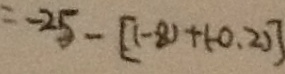
= - 2 5 - [ ( - 8 ) + ( - 0 . 2 ) ]